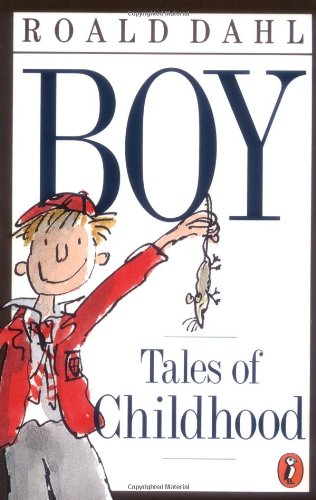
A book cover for Boy: Tales of Childhood; Roald Dahl; Children's Books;